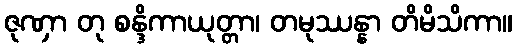
ဇုဏှာ တု စန္ဒိကာယုတ္တာ၊ တမုဿန္နာ တိမိသိကာ။